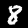
Digit: 8